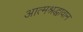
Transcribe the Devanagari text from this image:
आत्मश्रद्धावान